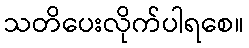
သတိပေးလိုက်ပါရစေ။